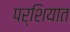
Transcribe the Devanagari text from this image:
पर्शियात